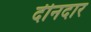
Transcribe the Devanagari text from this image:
दीनदार